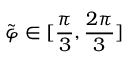
\Tilde { \varphi } \in [ \frac { \pi } { 3 } , \frac { 2 \pi } { 3 } ]